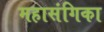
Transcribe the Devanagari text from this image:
महासंगिका